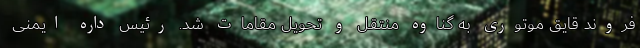
فروند قایق موتوری به گناوه منتقل و تحویل مقامات شد. رئیس داره ایمنی